Report on enteric fever
Disease focus: Fever
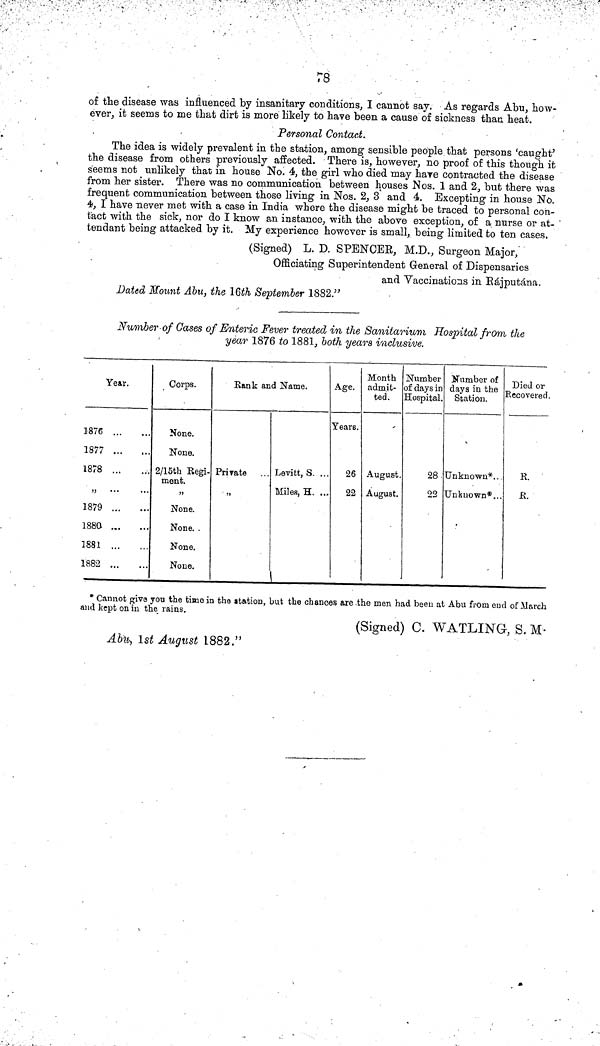
78
of the disease was influenced by insanitary conditions, I cannot say. As regards Abu, how-
ever, it seems to me that dirt is more likely to have been a cause of sickness than heat.
Personal Contact.
The idea is widely prevalent in the station, among sensible people that persons 'caught'
the disease from others previously affected. There is, however, no proof of this though it
seems not unlikely that in house No. 4, the girl who died may have contracted the disease
from her sister. There was no communication between houses Nos. 1 and 2, but there was
frequent communication between those living in Nos. 2, 3 and 4. Excepting in house No.
4, I have never met with a case in India where the disease might be traced to personal con-
tact with the sick, nor do I know an instance, with the above exception, of a nurse or at-
tendant being attacked by it. My experience however is small, being limited to ten cases.
(Signed) L. D. SPENCER, M.D., Surgeon Major,
Officiating Superintendent General of Dispensaries
and Vaccinations in Rájputána.
Dated Mount Abu, the 16th September 1882."
Number of Cases of Enteric Fever treated in the Sanitarium Hospital from the
year 1876 to 1881, both years inclusive.
Year.
1876
1877
1878
"
1879
1880.
1881
1882
Corps.
None.
None.
2/15th Regi
ment.
"
None.
None.
None.
None.
Rank and Name.
Private ...
"
Levitt, S. ...
Miles, H. ...
\
Age.
Years.
26
22
Month
admit-
ted.
August.
August.
Number
of days in
Hospital.
28
22
Number of
days in the
Station.
Unknown* ..
Unknown*...
Died or
Recovered.
R.
JR.
* Cannot give you the time in the station, but the chances are the men had been at Abu from end of March
and kept on in the \ill\.
(Signed) C. WATLING, S. M.
Abu, 1st August 1882."